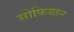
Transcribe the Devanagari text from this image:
सोफियान